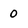
Character: 0